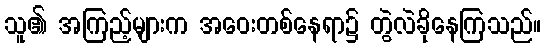
သူ၏ အကြည့်များက အဝေးတစ်နေရာ၌ တွဲလဲခိုနေကြသည်။